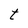
Character: t